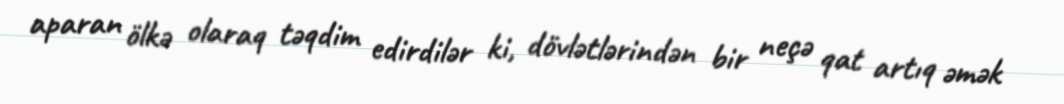
aparan ölkə olaraq təqdim edirdilər ki, dövlətlərindən bir neçə qat artıq əmək